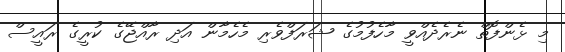
މި ޅެންފޮތް ނެރެދެއްވީ މާހެފުމުގެ ޝަރަފްވެރި މެހެމާން އަދި ރާއްޖޭގެ ކުރީގެ ރައީސް